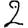
Digit: 2